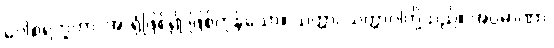
ဂေါစရဘူတာ၊ အာရုံဖြစ်၍ ဖြစ်ကုန်သော။ သတ္တာ၊ သတ္တာဝါတို့သည်။ အပ္ပမာဏာ၊